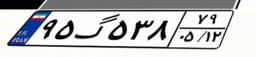
۹۵گ۵۳۸۷۹